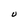
Character: U